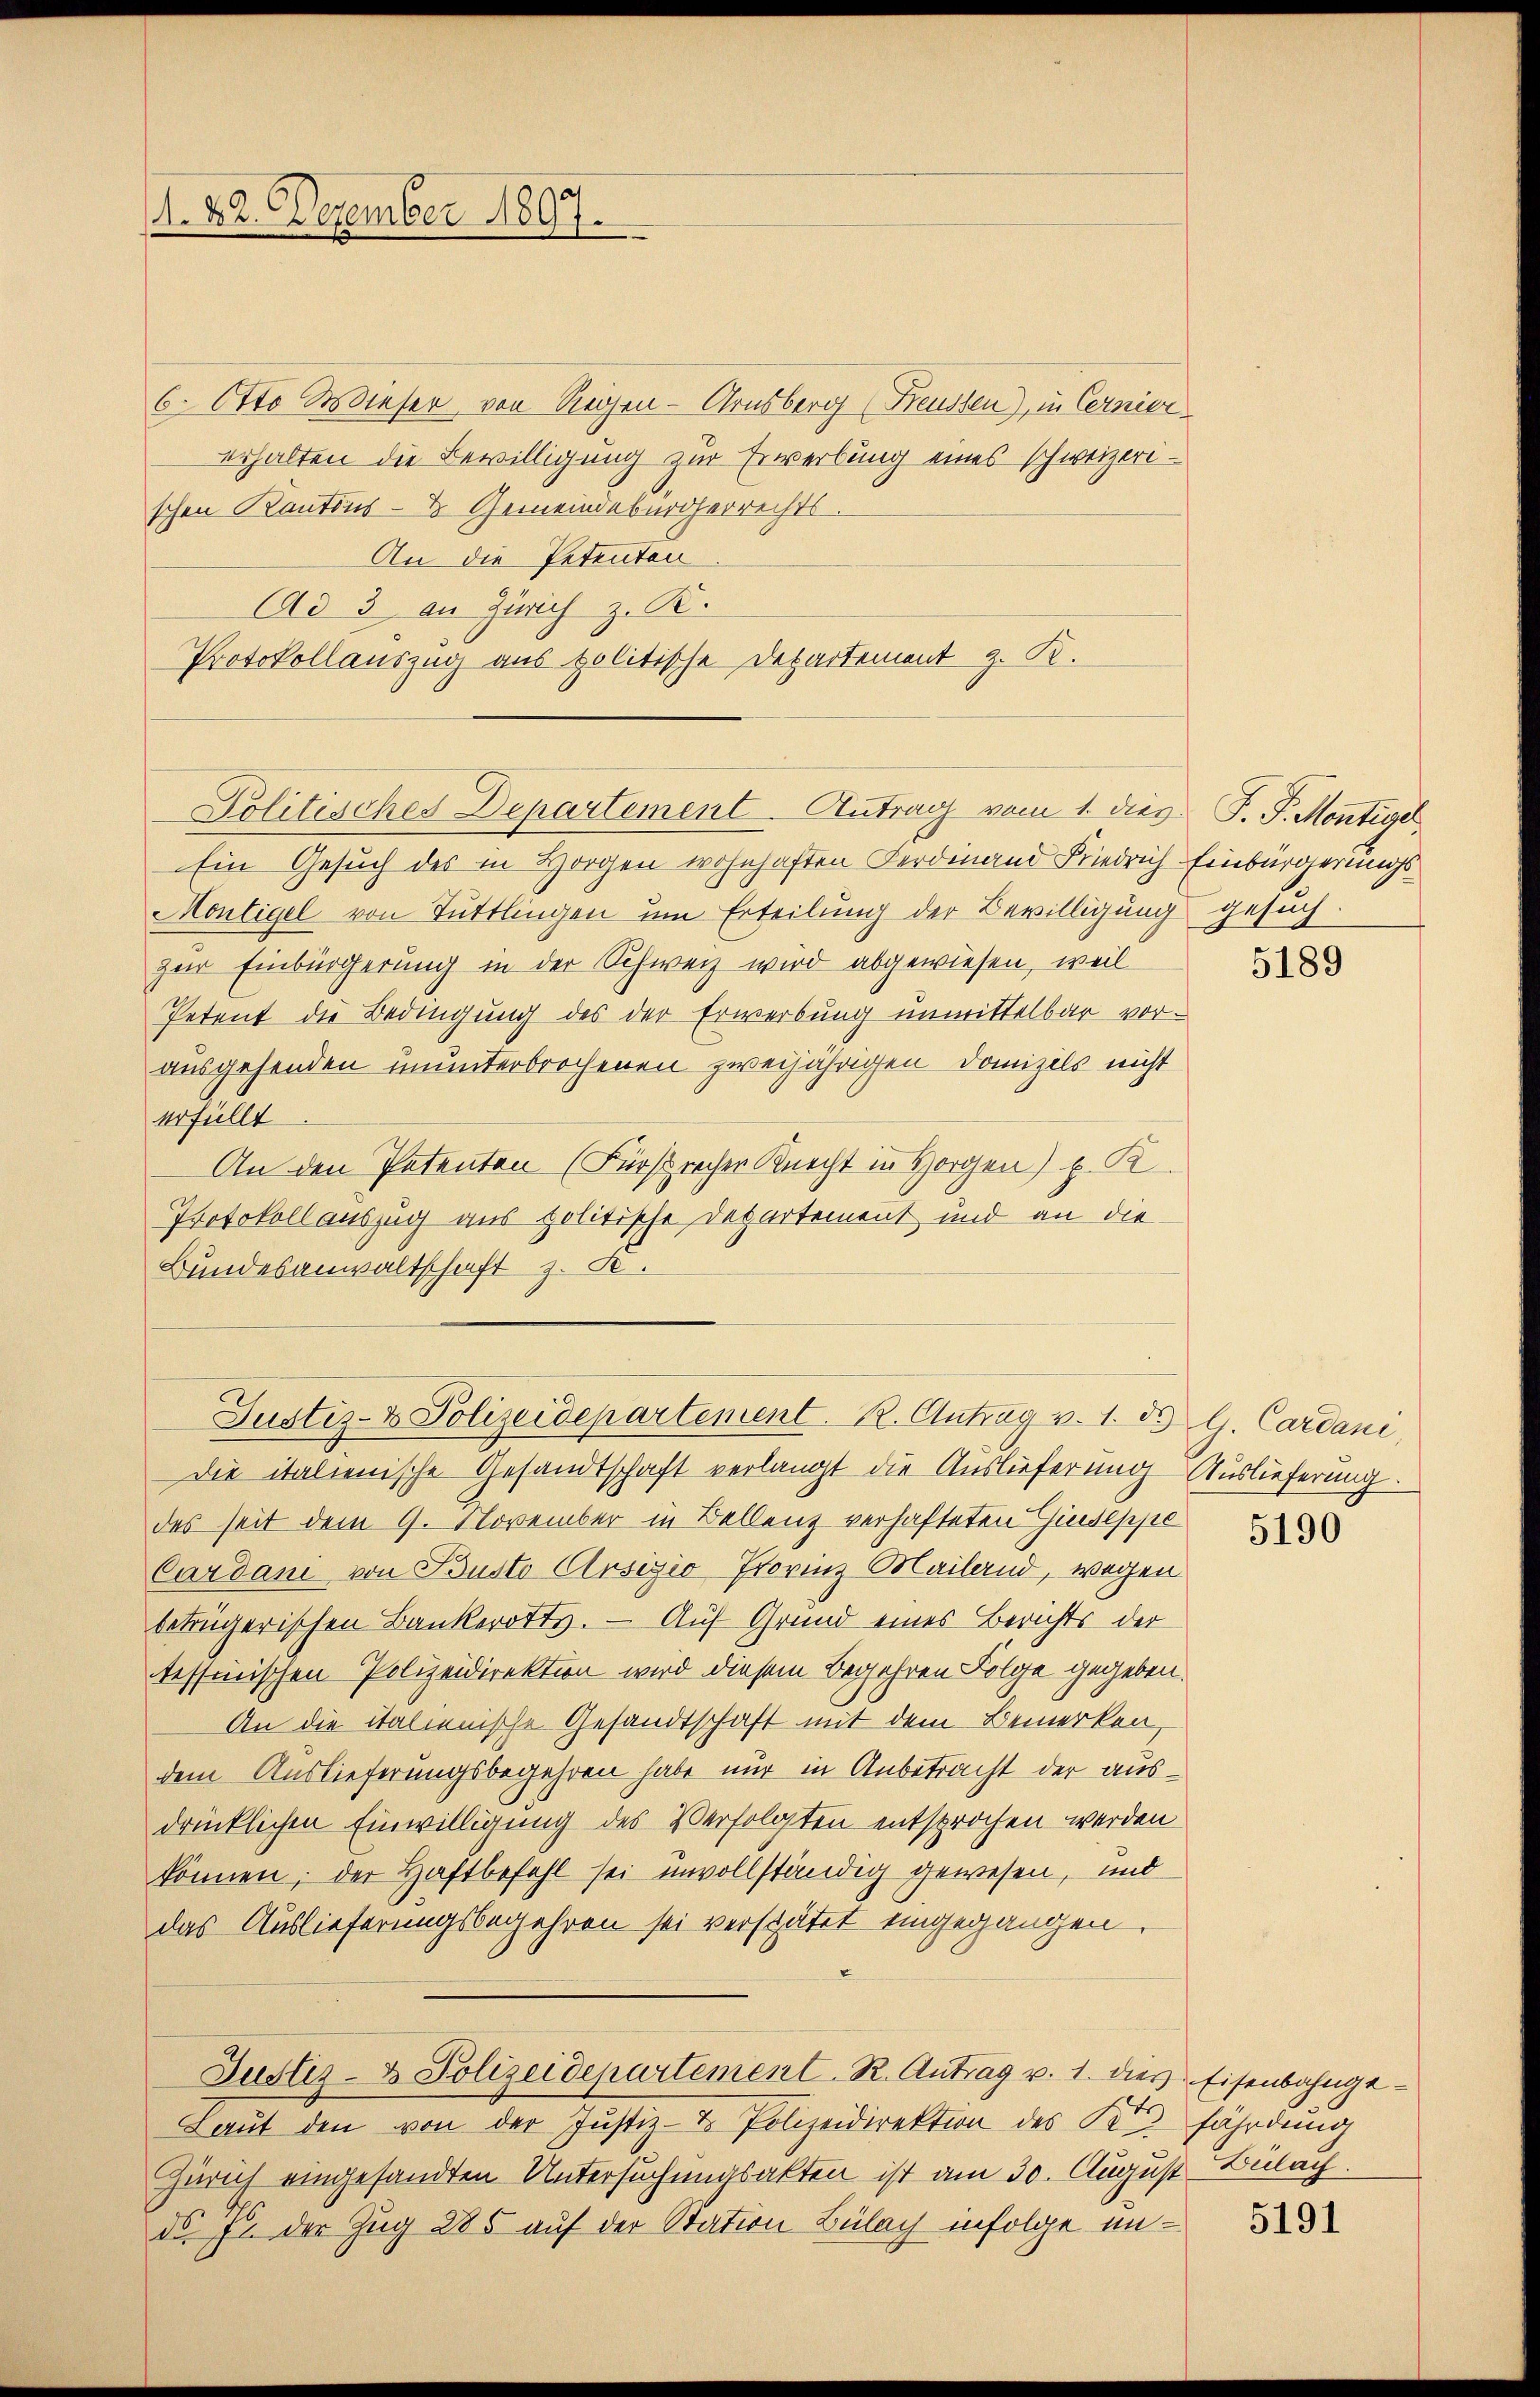
1. 22. Dezember 1897.

6. Otto Wieser von Reihen-Arnsberg (Freussen), in Cernier
erhalten die Bewilligung zur Erwerbung eines schweizerischen Kantons- & Gemeindebürgerrechts.
An die Petenten
Ad 3 an Zürich z. R.
Protokollauszug aus politische Departement z. R.
Ein Gesuch des in Horgen wohnhaften Ferdinand Friedrich Einbürgerungs¬
Montigel von Tuttlingen um Erteilung der Bewilligung gesuch
zur Einbürgerung in der Schweiz wird abgewiesen, weil
Petent die Bedingung des der Erwerbung unmittelbar vorausgehenden ununterbrochenen zweijährigen Domizils nicht
erfüllt
An den Petenten (Fürsprechen Knecht in Horgen) p. K
Protokoll auszug aus politische Departement und an die
Bundesanwaltschaft z. B.

Politisches Departement. Antrag vom 1. dies F. J. Montigel

Die italienische Gesandtschaft verlangt die Auslieferung Auslieferung.
des seit dem 9. November in Bellenz verhafteten Giuseppe
Cardani von Busto Crsizio Provinz Mailand, wegen
betrügerischen Bankerotts. — Auf Grund eines Berichts der
tessinischen Polizeidirektion wird diesem begehren Folge gegeben.
An die italienische Gesandtschaft mit dem Bemerken
dem Auslieferungsbegehren habe nur in Anbetracht der ausdrücklichen Einwilligung des Verfolgten entsprochen werden
können; der Haftbefehl sei unvollständig gewesen, und
das Auslieferungsbegehren sei verspätet eingegangen.
Justiz- u. Polizeidepartement. R. Antrag v. 1. dies Eisenbahnge-
Laŭt den von der Justiz- & Polizeidirektion des K. fährdung
Zürich eingesandten Untersuchungsakten ist am 30. August Bülach.
da Er der Zug 285 auf der Station Bülach infolge in¬

Justiz- & Polizeidepartement. R. Antrag v. 1. ds G. Cardani,

5189

5190

5191